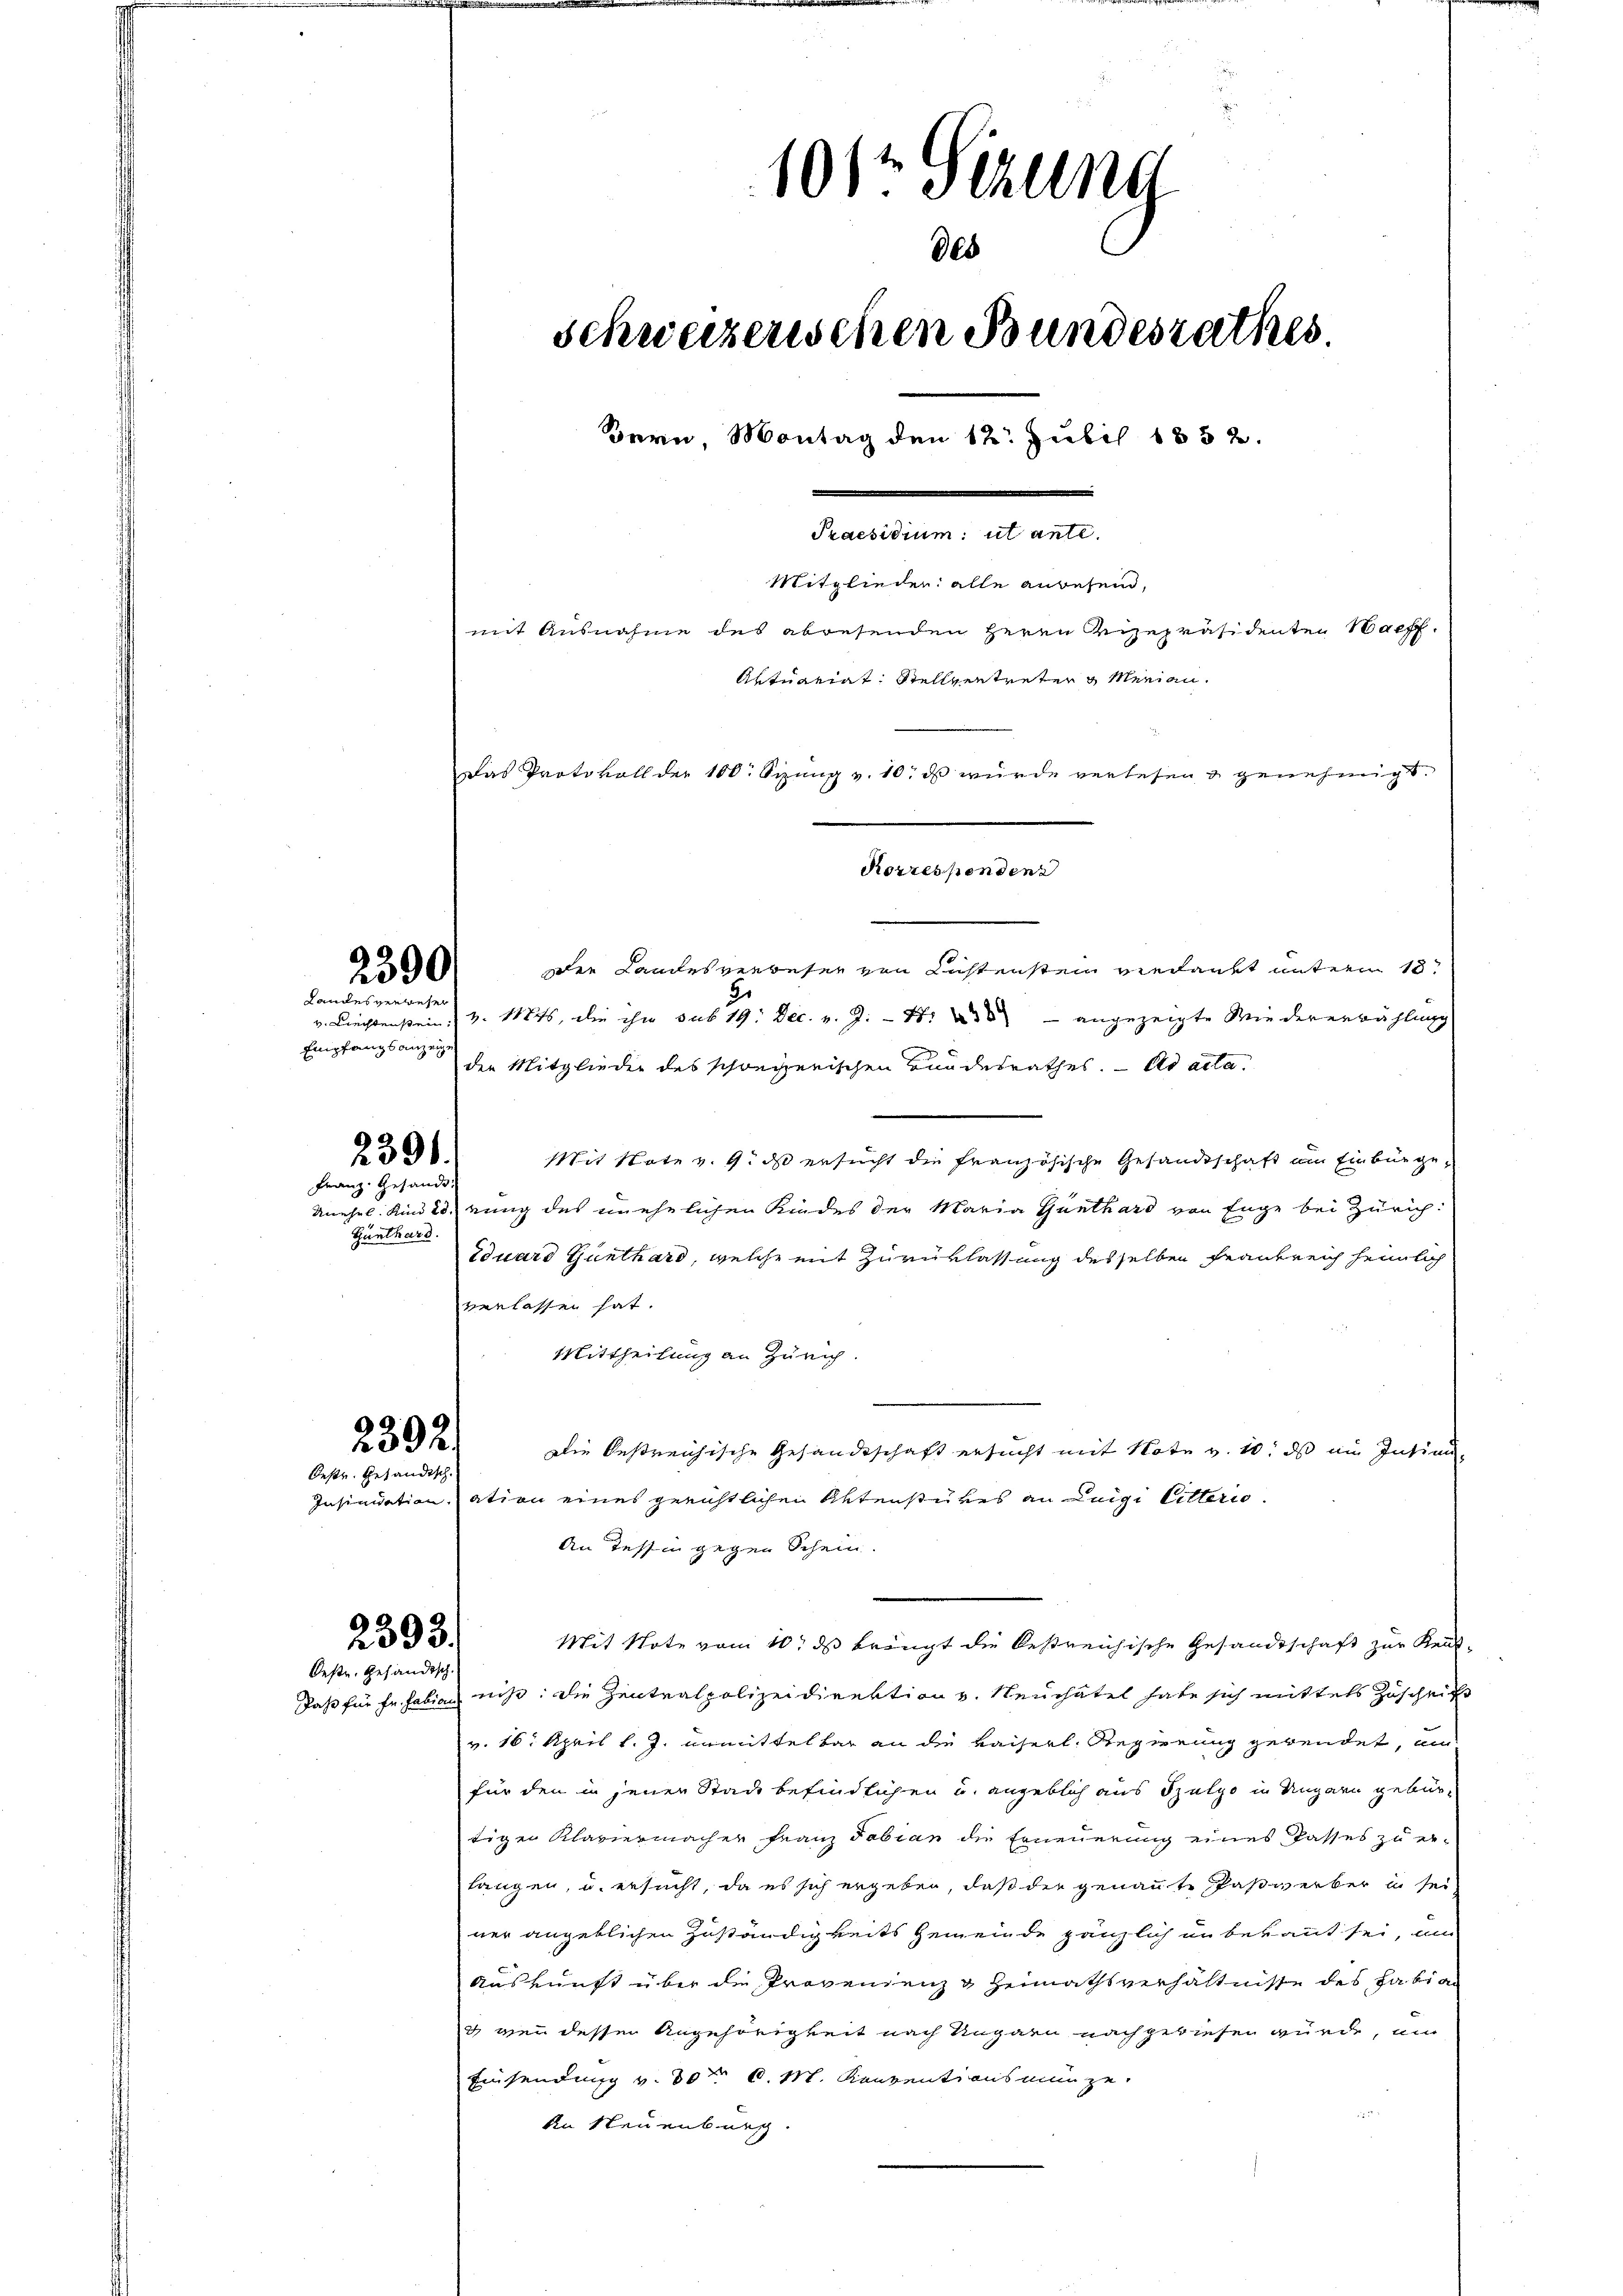
2390

dendenten
Empfangsanzeige

2391.
Franz. Gesandt,

Günthard.

2392.
Oestr. Gesandtsch.

2393.
Oestr. Gesandtsch.

101te Sitzung
des
Schweizerischen Bundesrathes.
Bern, Montag den 12. Juli 1852.
damen
Mitglieder alle anwesen,
mit Ausnahme des abwesenden Herrn Vizepräsidenten Waff
Aktuariat Stellvertreten u Merian.
Das Protokoll der 100. Sizŭng v. 10. ds wurde verlesen & genehmigt.
Korrespondenz

die Landesverbeser von Lustenstein verdankt unterm 10.
J.
v. Liechen s. Z. 11845, die ihn sub 19. Dec. v. J. 188 - angezeigte Wiedererwählung
den Mitglieder des schweizerischen Bundesrathes. - Ad acta.
Mit Note v. 9. ds ersucht die französische Gesandtschaft am Einbürge¬
Unehel. Kinderung des unehelichen Kindes der Maria Günthard von Enge bei Zürich:
Eduard Günthard, welche mit Zurüklassung desselben Frankreich heimlich
verlassen hat.
Mittheilung an Zürich.
e
Die bestreichische Gesandtschaft ersucht mit Note v. 10. ds ein Insinn
Insinuationation eines gerichtlichen Aktenstückes an Luigi Litterio
An Tessin gegen Schein.
Mit Note vom 10. ds bringt die bestreichische Gesandtschaft zur Kent-
Daß für Fr. habian nicht: die Zentralpolizeidirektion v. Neuchatel habe sich mittels Zuschrift
v. 16. April l. J. unmittelbar an die Kaiserl. Regierung gewendet, un
für den in jenen Stadt befindlichen u. angeblich aus Spulpo in Ungarn gebürtigen Klaviermacher Franz Fabian die Erneuerung eines Passes zu er-
langen, u. ersucht, da es sich ergeben, daß der genannte Paßwerber in sei
ner angeblichen Zuständigkeits Gemeinde gänzlich in bekannt sei, um
Auskunft über die Provenienz g Heimathsverhältnisse des Fabian
7 gen dessen Angehörigkeit nach Ungarn nachgewiesen würde, um
Einsendung v. 30t 6. M. Konzentionsmünze.
An Neuenburg.